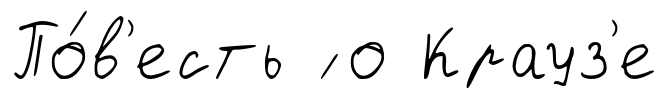
По́в'есть ́ о Крауз'е